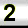
Digit: 2